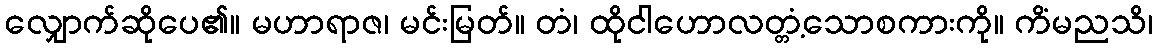
လျှောက်ဆိုပေ၏။ မဟာရာဇ၊ မင်းမြတ်။ တံ၊ ထိုငါဟောလတ္တံ့သောစကားကို။ ကိံမညသိ၊